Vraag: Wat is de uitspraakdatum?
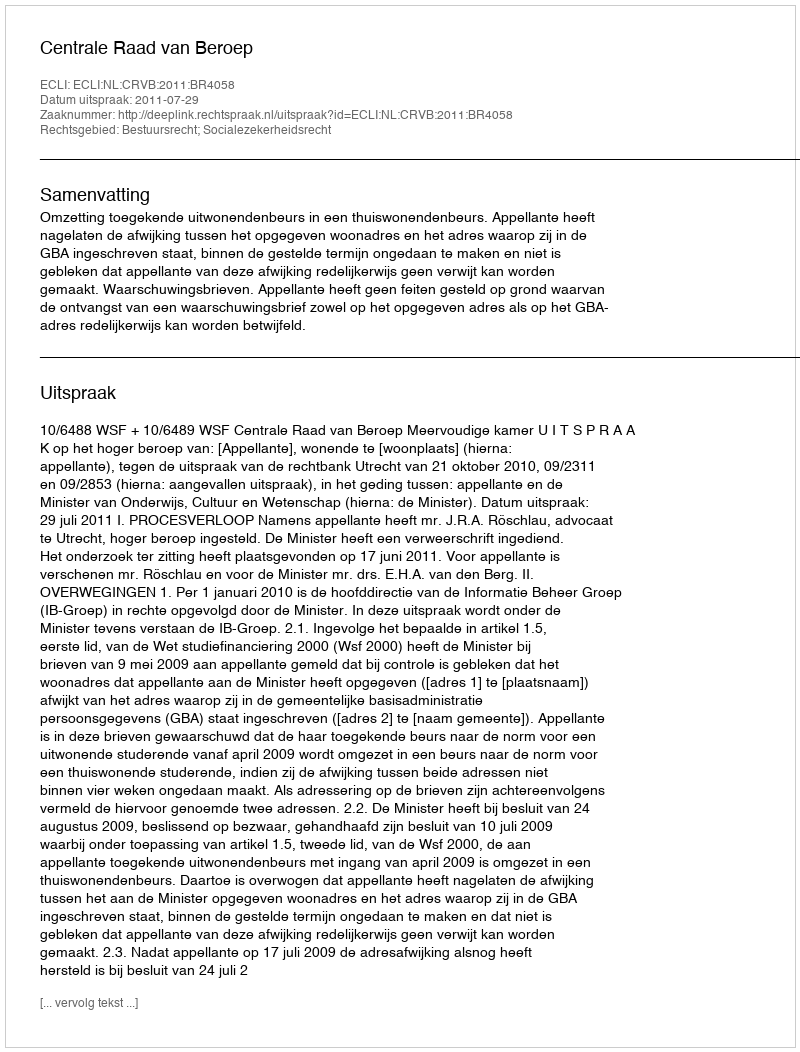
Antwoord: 2011-07-29